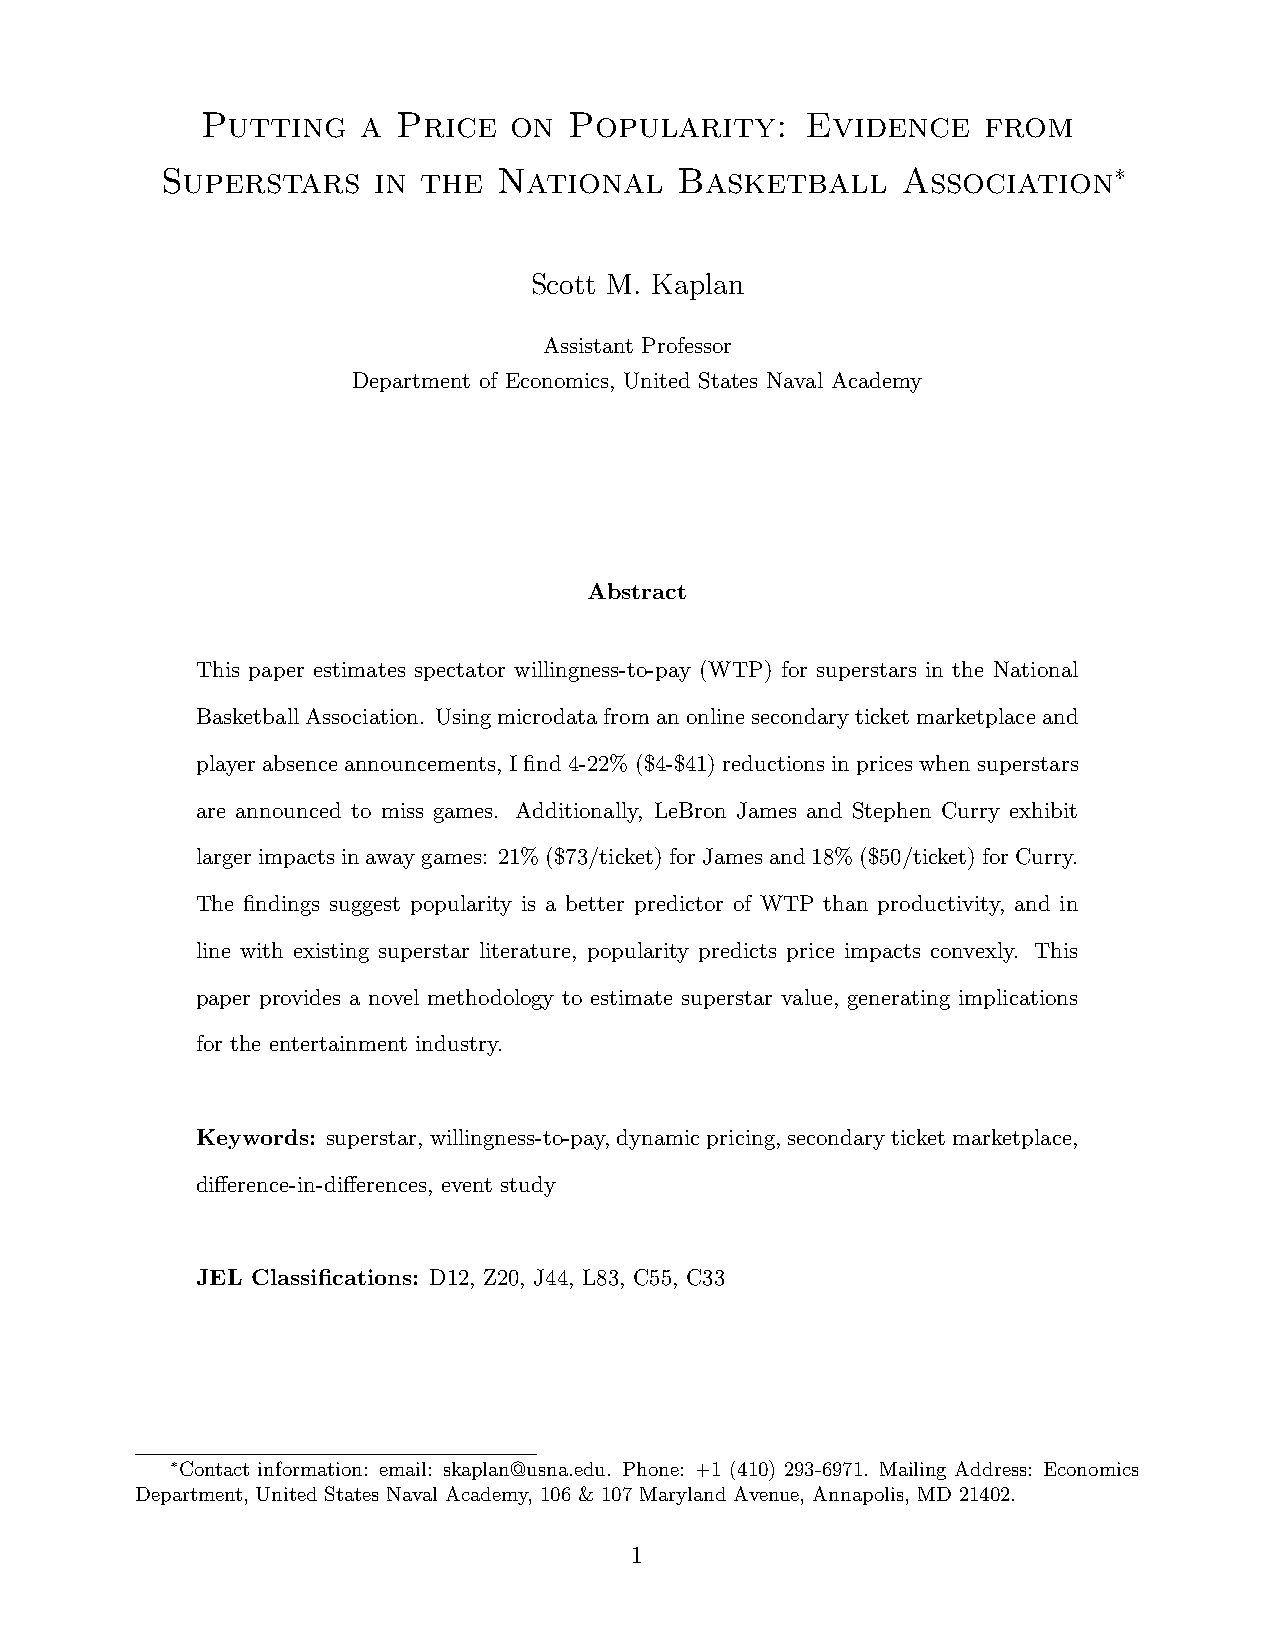
Putting    a Price   on  Popularity:    Evidence    from
 Superstars    in the  National    Basketball     Association∗
 Scott M. Kaplan
 Assistant Professor
 Department of Economics, United States Naval Academy
 Abstract
 This paper estimates spectator willingness-to-pay (WTP) for superstars in the National
 BasketballAssociation. Usingmicrodatafromanonlinesecondaryticketmarketplaceand
 player absenceannouncements, Ifind4-22% ($4-$41)reductions inpriceswhen superstars
 are announced to miss games. Additionally, LeBron James and Stephen Curry exhibit
 largerimpactsinawaygames: 21%($73/ticket)forJamesand18%($50/ticket)forCurry.
 The findings suggest popularity is a better predictor of WTP than productivity, and in
 line with existing superstar literature, popularity predicts price impacts convexly. This
 paper provides a novel methodology to estimate superstar value, generating implications
 for the entertainment industry.
 Keywords: superstar,willingness-to-pay,dynamicpricing,secondaryticketmarketplace,
 difference-in-differences, event study
 JEL Classifications: D12, Z20, J44, L83, C55, C33
 ∗Contact information: email: skaplan@usna.edu. Phone: +1 (410) 293-6971. Mailing Address: Economics
 Department, United States Naval Academy, 106 & 107 Maryland Avenue, Annapolis, MD 21402.
 1